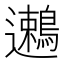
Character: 𬩯